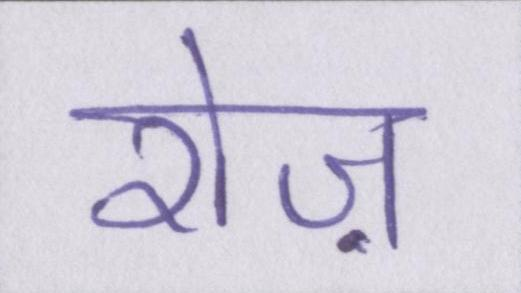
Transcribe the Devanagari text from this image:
रोज़